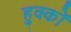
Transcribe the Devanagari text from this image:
हुक्‍कों